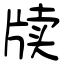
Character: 牍